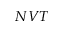
N V T